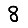
Digit: 8